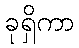
ခုရှိကာ